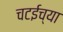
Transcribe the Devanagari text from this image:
चटईच्या